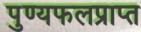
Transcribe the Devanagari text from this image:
पुण्यफलप्राप्त